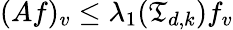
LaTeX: (Af)_{v}\leq\lambda_{1}(\mathfrak{T}_{d,k})f_{v}